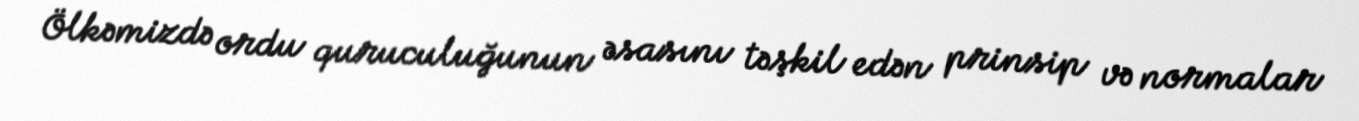
Ölkəmizdə ordu quruculuğunun əsasını təşkil edən prinsip və normalar